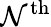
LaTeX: \mathcal{N}^{\mathrm{{th}}}